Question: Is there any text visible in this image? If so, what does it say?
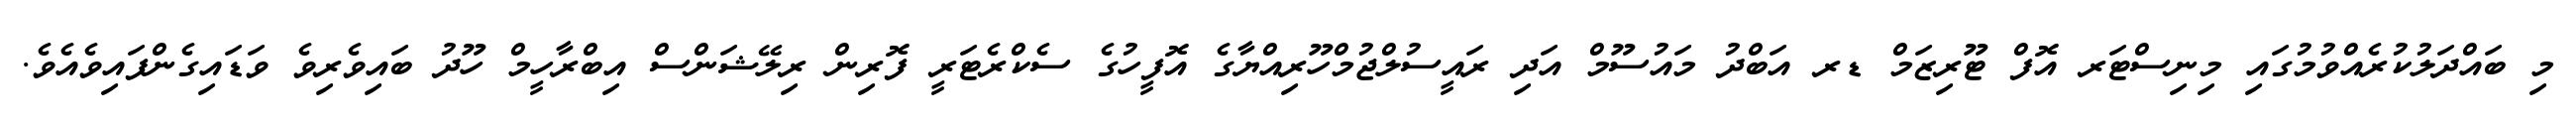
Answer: މި ބައްދަލުކުރެއްވުމުގައި މިނިސްޓަރ އޮފް ޓޫރިޒަމް ޑރ އަބްދު މައުސޫމް އަދި ރައީސުލްޖުމްހޫރިއްޔާގެ އޮފީހުގެ ސެކްރެޓަރީ ފޮރިން ރިލޭޝަންސް އިބްރާހީމް ހޫދު ބައިވެރިވެ ވަޑައިގެންފައިވެއެވެ.